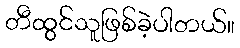
တီထွင်သူဖြစ်ခဲ့ပါတယ်။